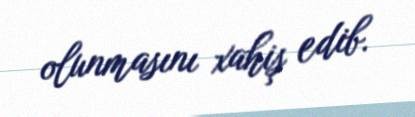
olunmasını xahiş edib.